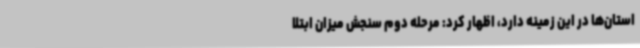
استان‌ها در این زمینه دارد، اظهار کرد: مرحله دوم سنجش میزان ابتلا